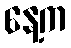
နေ့က